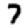
Digit: 7